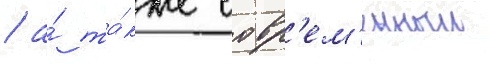
/ а́ та́кже совр'ем'енныи